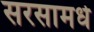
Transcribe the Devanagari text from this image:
सरसामधे